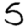
Digit: 5